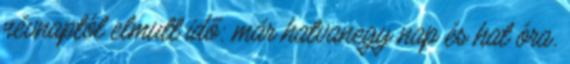
névnaptól elmult idő: már hatvanegy nap és hat óra.